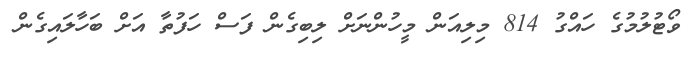
ވޯޓުލުމުގެ ހައްގު 814 މިލިއަން މީހުންނަށް ލިބިގެން ފަސް ހަފުތާ އަށް ބަހާލައިގެން